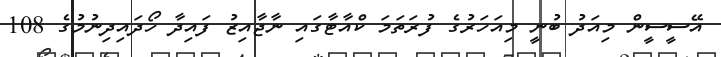
އޭސީސީން މިއަދު ބުނީ މިއަހަރުގެ ފުރަތަމަ ކްއާޓާގައި ނާޖާއިޒު ފައިދާ ހޯދައިދިނުމުގެ 108